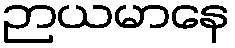
ဉာယမာနေ